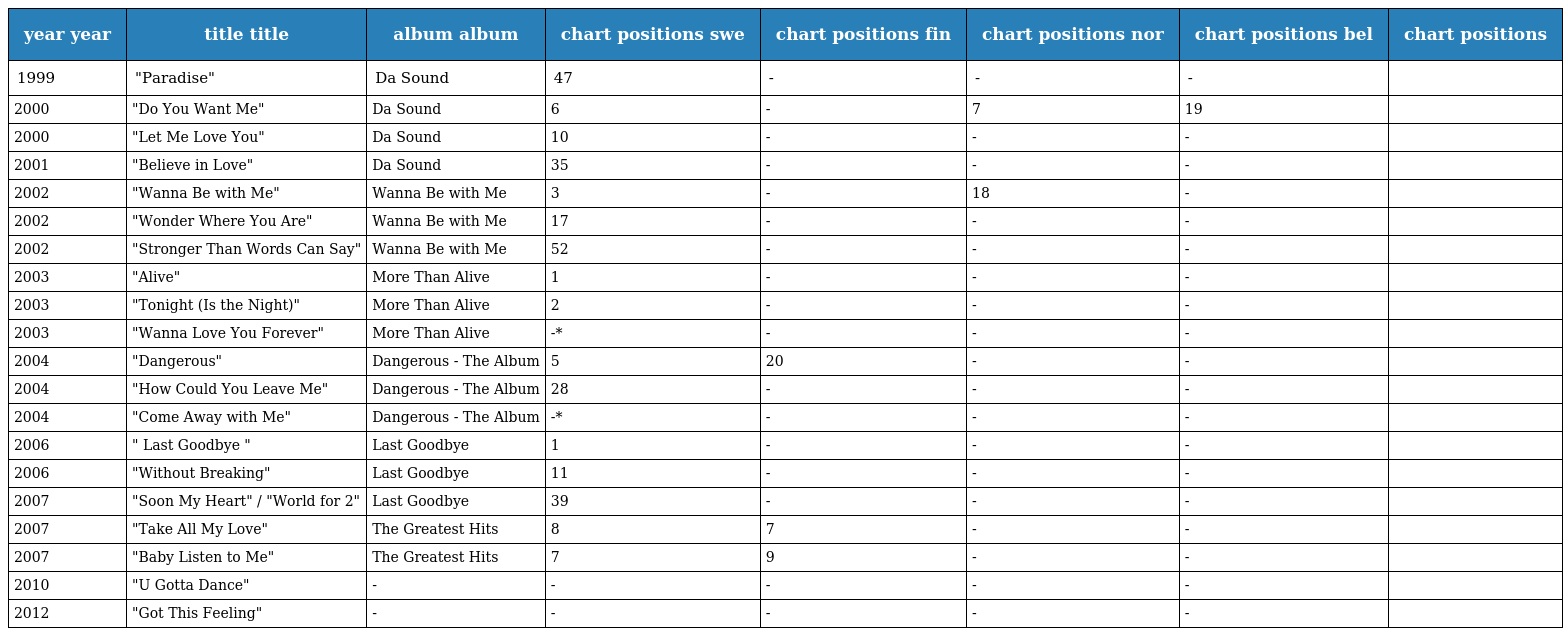
| year year | title title | album album | chart positions swe | chart positions fin | chart positions nor | chart positions bel | chart positions |
 | --- | --- | --- | --- | --- | --- | --- | --- |
 | 1999 | "Paradise" | Da Sound | 47 | - | - | - |  |
 | 2000 | "Do You Want Me" | Da Sound | 6 | - | 7 | 19 |  |
 | 2000 | "Let Me Love You" | Da Sound | 10 | - | - | - |  |
 | 2001 | "Believe in Love" | Da Sound | 35 | - | - | - |  |
 | 2002 | "Wanna Be with Me" | Wanna Be with Me | 3 | - | 18 | - |  |
 | 2002 | "Wonder Where You Are" | Wanna Be with Me | 17 | - | - | - |  |
 | 2002 | "Stronger Than Words Can Say" | Wanna Be with Me | 52 | - | - | - |  |
 | 2003 | "Alive" | More Than Alive | 1 | - | - | - |  |
 | 2003 | "Tonight (Is the Night)" | More Than Alive | 2 | - | - | - |  |
 | 2003 | "Wanna Love You Forever" | More Than Alive | -* | - | - | - |  |
 | 2004 | "Dangerous" | Dangerous - The Album | 5 | 20 | - | - |  |
 | 2004 | "How Could You Leave Me" | Dangerous - The Album | 28 | - | - | - |  |
 | 2004 | "Come Away with Me" | Dangerous - The Album | -* | - | - | - |  |
 | 2006 | " Last Goodbye " | Last Goodbye | 1 | - | - | - |  |
 | 2006 | "Without Breaking" | Last Goodbye | 11 | - | - | - |  |
 | 2007 | "Soon My Heart" / "World for 2" | Last Goodbye | 39 | - | - | - |  |
 | 2007 | "Take All My Love" | The Greatest Hits | 8 | 7 | - | - |  |
 | 2007 | "Baby Listen to Me" | The Greatest Hits | 7 | 9 | - | - |  |
 | 2010 | "U Gotta Dance" | - | - | - | - | - |  |
 | 2012 | "Got This Feeling" | - | - | - | - | - |  |